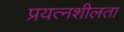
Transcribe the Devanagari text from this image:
प्रयत्नशीलता